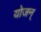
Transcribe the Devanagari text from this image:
योजन्